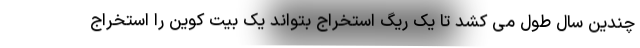
چندین سال طول می کشد تا یک ریگ استخراج بتواند یک بیت کوین را استخراج